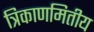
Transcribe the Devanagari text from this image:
त्रिकाणमितीय